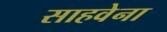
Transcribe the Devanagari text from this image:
साहवेना